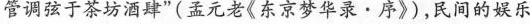
管调弦于茶坊酒肆”(孟元老《东京梦华录·序》)，民间的娱乐